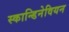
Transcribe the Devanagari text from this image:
स्कान्डिनेवियन